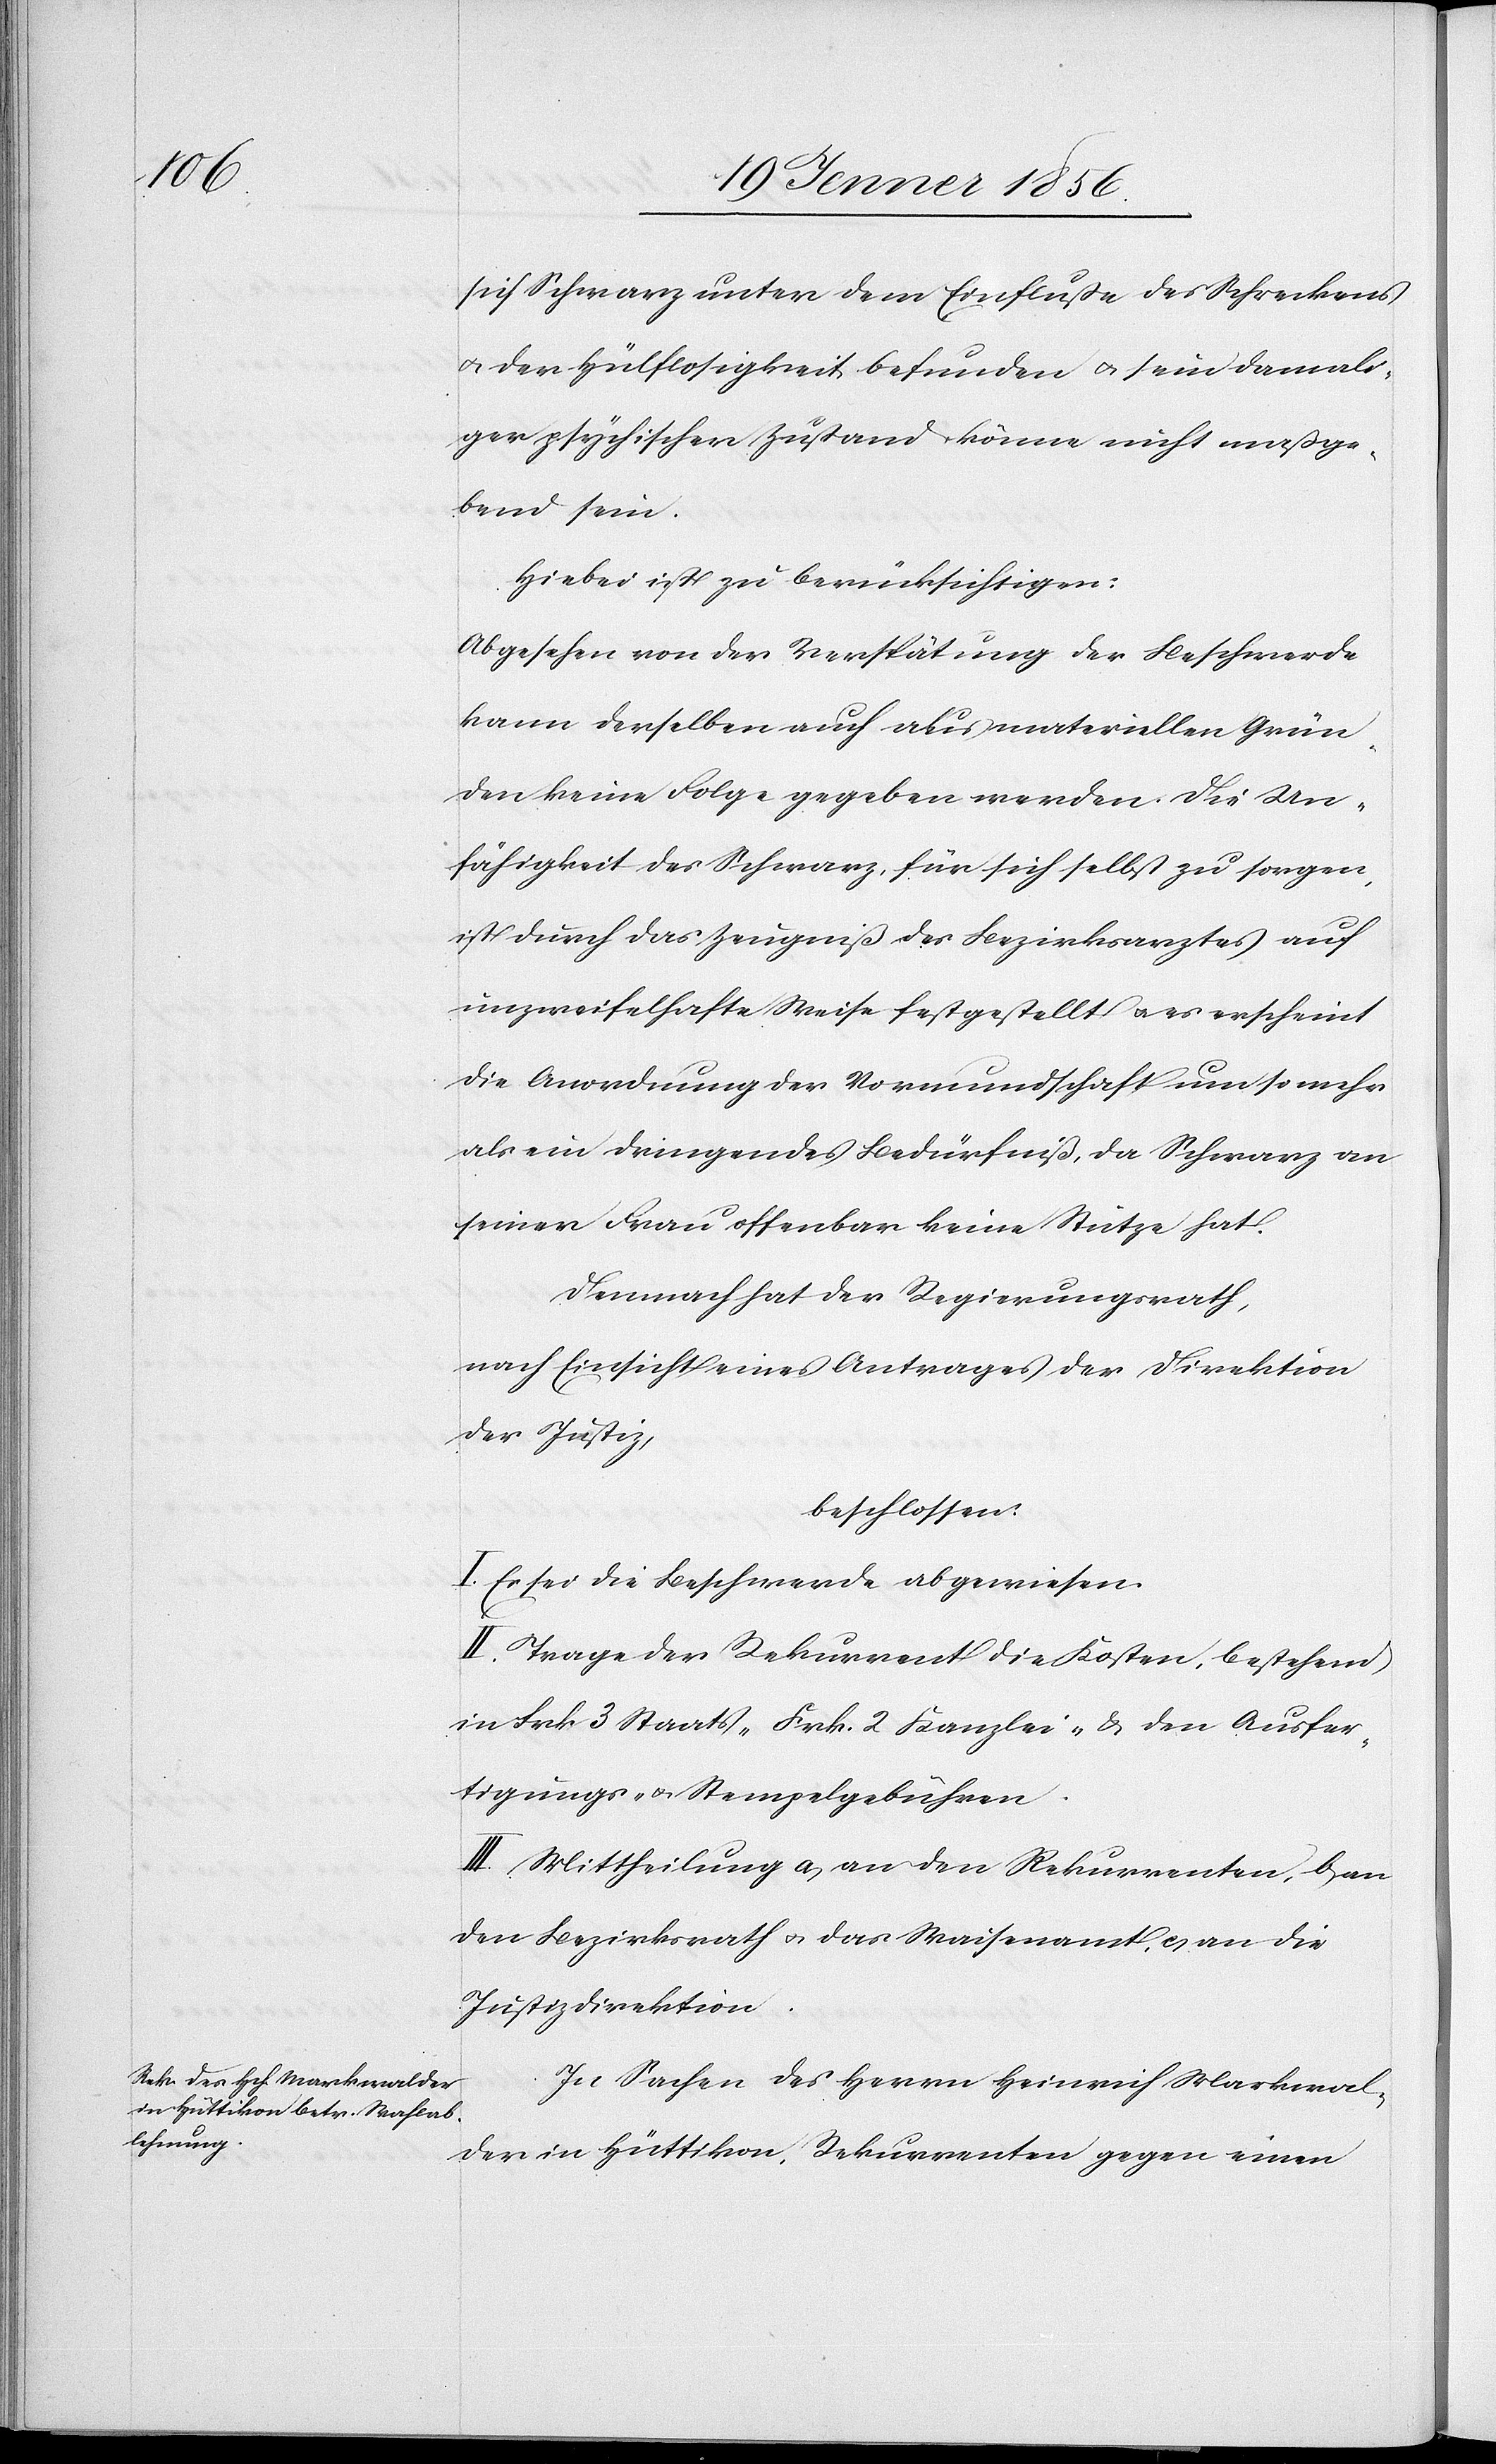
sich Schwarz unter dem Einfluße des Schreckens
u. der Hülflosigkeit befunden u. sein damali¬
ger psychischer Zustand könne nicht maßge¬
bend sein.
Hiebei ist zu berücksichtigen:
Abgesehen von der Verspätung der Beschwerde
kann derselben auch aus materiellen Grün¬
den keine Folge gegeben werden. Die Un¬
fähigkeit des Schwarz, für sich selbst zu sorgen,
ist durch das Zeugniß des Bezirksarztes auf
unzweifelhafte Weise festgestellt u. es erscheint
die Anordnung der Vormundschaft um so mehr
als ein dringendes Bedürfniß, da Schwarz an
seiner Frau offenbar keine Stütze hat.
Demnach hat der Regierungsrath,
nach Einsicht eines Antrages der Direktion
der Justiz,
beschlossen:
I. Es sei die Beschwerde abgewiesen.
II. Trage der Rekurrent die Kosten, bestehend
in Frk 3 Staats- [,] Frk. 2 Kanzlei- & den Ausfer¬
tigungs- u. Stempelgebühren.
III. Mittheilung a, an den Rekurrenten, b, an
den Bezirksrath u. das Waisenamt, c, an die
Justizdirektion.
In Sachen des Herrn Heinrich Markwal¬
der in Hüttikon, Rekurrenten gegen einen